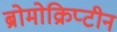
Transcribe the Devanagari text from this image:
ब्रोमोक्रिप्टीन